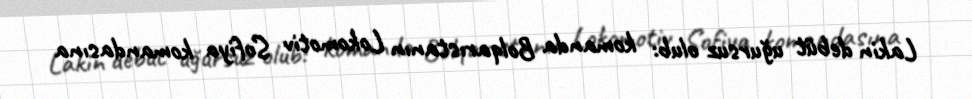
Lakin debüt uğursuz olub: komanda Bolqarıstanın Lokomotiv Sofiya komandasına